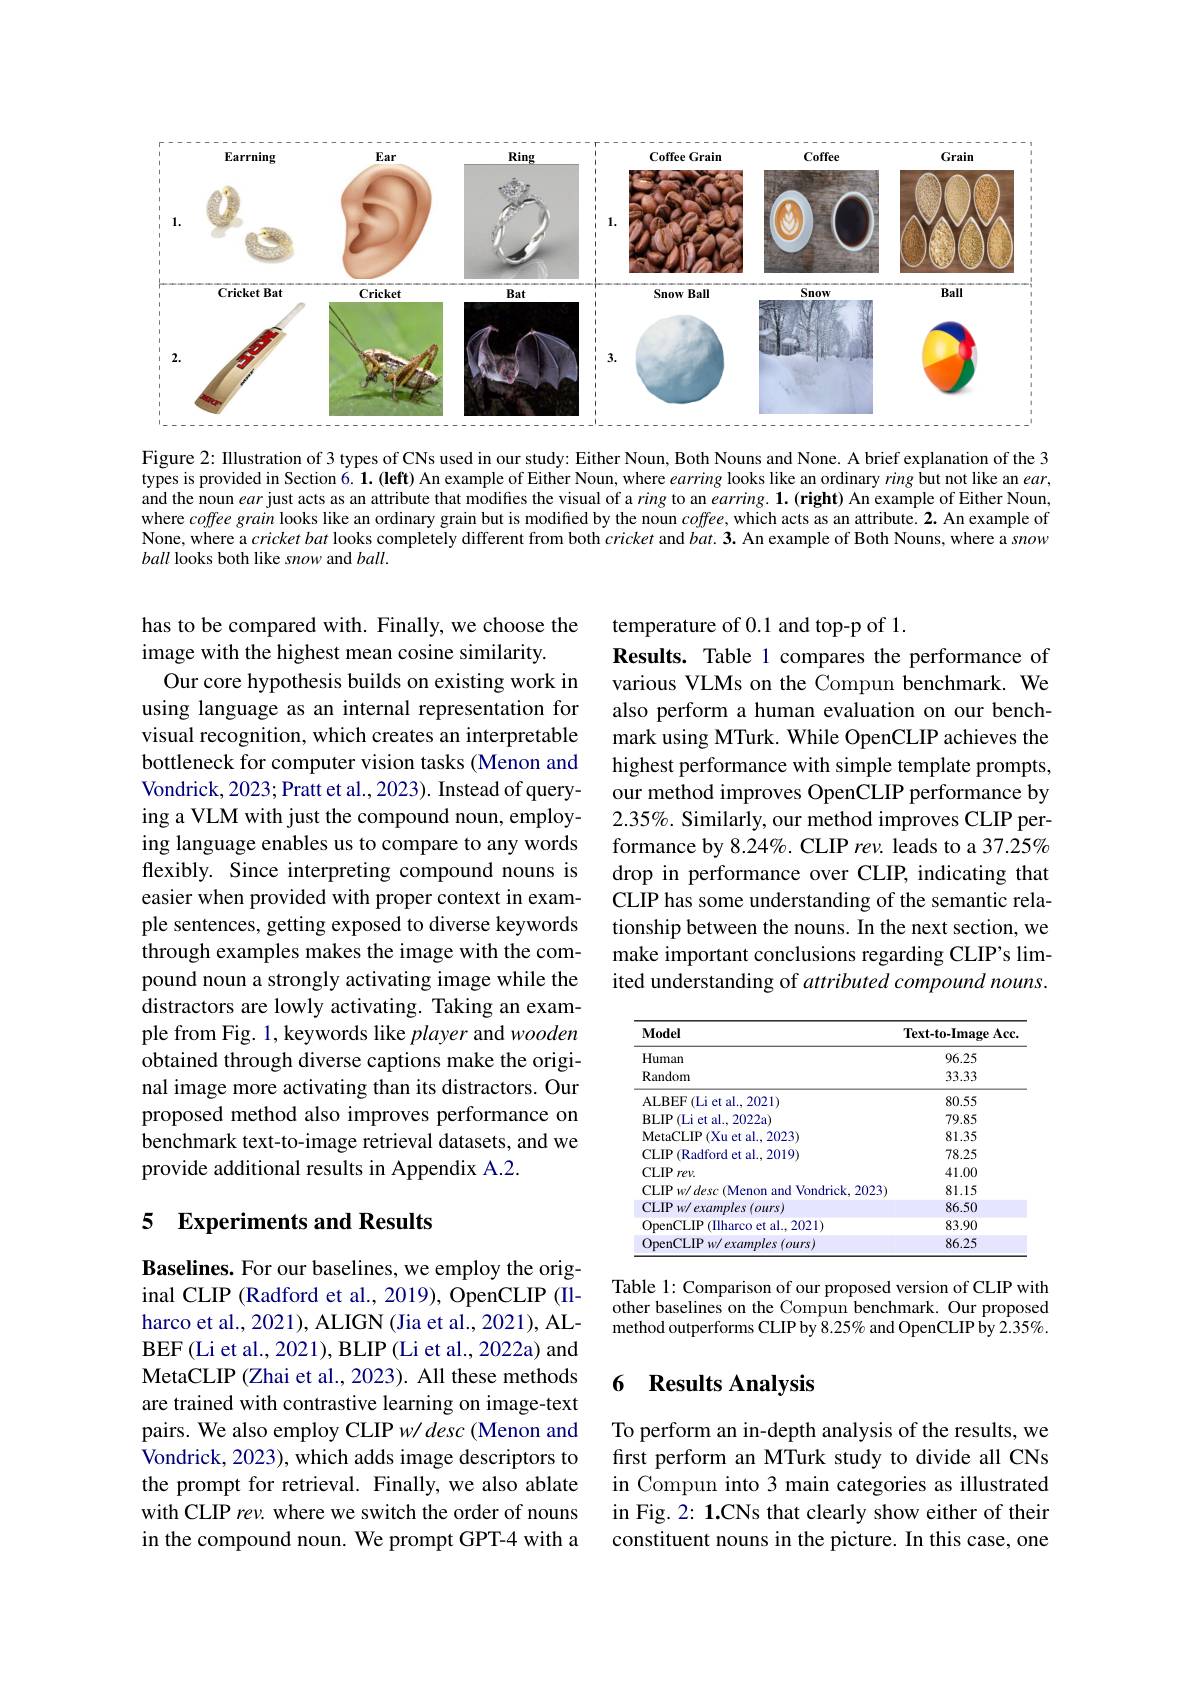
<FigureHere>

Figure 2: IIlustration of 3 types of CNs used in our study: Either Noun, Both Nouns and None. A brief explanation of the 3 types is provided in Section $6. 1. ( \textbf{left})$ An example of Either Noun, where earring looks like an ordinary ring but not like an $ear$, and the noun ear just acts as an attribute that modifies the visual of a ring to an $earing. 1. ( \textbf{right})$ An example of Either Noun, where coffee grain looks like an ordinary grain but is modified by the noun $coffee$, which acts as an attribute. 2. An example of None, where a $cricket\textit{bat looks completely different from both cricket and bat. 3. An example of Both Nouns, where a snow Wing hing hing hing hing hing hing hing hing hing hing hing hing hing hing hing hing hing hing hing he hing hing hing hing hing hi}$ ball looks both like snow and $ball.$

temperature of 0.1 and top-p of 1.
Results. Table 1 compares the performance of various VLMs on the Compun benchmark. We also perform a human evaluation on our benchmark using MTurk. While OpenCLIP achieves the highest performance with simple template prompts, our method improves OpenCLIP performance by 2.35%. Similarly, our method improves CLIP performance by 8.24%. CLIP rev. leads to a 37.25% drop in performance over CLIP, indicating that CLIP has some understanding of the semantic relationship between the nouns. In the next section, we make important conclusions regarding CLIP's limited understanding of attributed compound nouns.

has to be compared with. Finally, we choose the
image with the highest mean cosine similarity.
Our core hypothesis builds on existing work in using language as an internal representation for visual recognition, which creates an interpretable bottleneck for computer vision tasks (Menon and Vondrick, 2023; Pratt et al., 2023). Instead of querying a VLM with just the compound noun, employing language enables us to compare to any words flexibly. Since interpreting compound nouns is easier when provided with proper context in example sentences, getting exposed to diverse keywords through examples makes the image with the compound noun a strongly activating image while the distractors are lowly activating. Taking an example from Fig. 1, keywords like player and wooden obtained through diverse captions make the original image more activating than its distractors. Our proposed method also improves performance on benchmark text-to-image retrieval datasets, and we provide additional results in Appendix A.2.

<table>
	<tbody>
		<tr>
			<th>Model</th>
			<th>$\textbf{Text- to- Image Acc}$</th>
		</tr>
		<tr>
			<td>Human</td>
			<td>96.25</td>
		</tr>
		<tr>
			<td>Random</td>
			<td>33.33</td>
		</tr>
		<tr>
			<td>ALBEF$\left ( \mathrm{Li~et~al. , ~2021}\right )$</td>
			<td>80.55</td>
		</tr>
		<tr>
			<td>BLIP$\left ( \mathrm{Li~et~al. , 2022a}\right )$</td>
			<td>79.85</td>
		</tr>
		<tr>
			<td>MetaCLIP$\left ( \mathrm{Xu~et~al. , ~2023}\right )$</td>
			<td>81.35</td>
		</tr>
		<tr>
			<td>CLIP (Radford et al., 2019)</td>
			<td>78.25</td>
		</tr>
		<tr>
			<td>CLIP$rev.$</td>
			<td>41.00</td>
		</tr>
		<tr>
			<td>CLIP $w/desc($Menon and Vondrick, 2023</td>
			<td>81.15</td>
		</tr>
		<tr>
			<td>CLIP $w/ examples( ours)$</td>
			<td>86.50</td>
		</tr>
		<tr>
			<td>OpenCLIP $P($IIharco et al..2021)</td>
			<td>83.90</td>
		</tr>
		<tr>
			<td>OpenCLIP w/ examples (ours)</td>
			<td>86.25</td>
		</tr>
	</tbody>
</table>

## 5 Experiments and Results

Table 1: Comparison of our proposed version of CLIP with other baselines on the Compun benchmark. Our proposed method outperforms CLIP by 8.25% and OpenCLIP by 2.35%.

### 6 Results Analysis

Baselines. For our baselines, we employ the original CLIP (Radford et al., 2019), OpenCLIP (Ilharco et al., 2021), ALIGN (Jia et al., 2021), ALBEF(Li et al., 2021), BLIP (Li et al., 2022a) and MetaCLIP (Zhai et al., 2023). All these methods are trained with contrastive learning on image-text pairs. We also employ CLIP w/ desc (Menon and Vondrick, 2023), which adds image descriptors to the prompt for retrieval. Finally, we also ablate with CLIP rev. where we switch the order of nouns in the compound noun. We prompt GPT-4 with a

To perform an in-depth analysis of the results, we first perform an MTurk study to divide all CNs in Compun into 3 main categories as illustrated in Fig. 2: 1.CNs that clearly show either of their constituent nouns in the picture. In this case, one